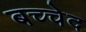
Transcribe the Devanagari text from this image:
बच्चेद